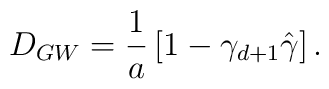
D_{GW}={1\over a}\left[1-\gamma_{d+1} \hat{\gamma} \right].